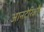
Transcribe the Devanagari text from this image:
आनटेरिऔ